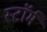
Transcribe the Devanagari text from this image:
स्टाॅर्म